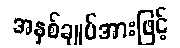
အနှစ်ချုပ်အားဖြင့်